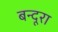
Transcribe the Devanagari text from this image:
बन्दूरा